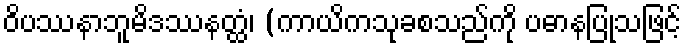
ဝိပဿနာဘူမိဒဿနတ္ထံ၊ (ကာယိကသုခစသည်ကို ပဓာနပြုသဖြင့်